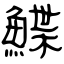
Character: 鰈